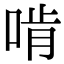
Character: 啃